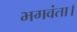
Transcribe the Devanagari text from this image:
भगवंता।